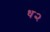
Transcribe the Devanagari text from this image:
ध२